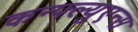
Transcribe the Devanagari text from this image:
कन्फ्ल्युएन्स